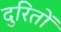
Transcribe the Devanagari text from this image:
दुरितों